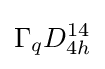
\Gamma _{q}D_{4h}^{14}